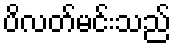
ပိလတ်မင်းသည်